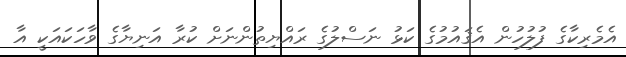
އެމެރިކާގެ ފުލުހުން އެޤައުމުގެ ކަޅު ނަސްލުގެ ރައްޔިތުންނަށް ކުރާ އަނިޔާގެ ވާހަކައަކީ އާ